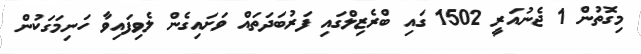
މިގޮތުން 1 ޖެނުއަރީ 1502 ގައި ބްރެޒިލްގައި ފަރުބަދަތައް ވަށައިގެން ލެވިފައިވާ ހަނިމަގަކުން